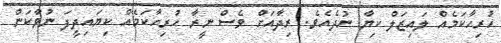
ހުރިހާކަމެއް ލައިޒަލް ކިޔާ ނުދެއެވެ. ރިދާއަށް ވެސް ނީރާ ހުރިހާކަމެއް ކިޔައިދީފަ ނުވާކަން